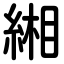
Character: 緗